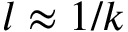
l \approx 1 / k